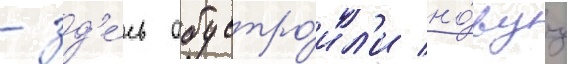
- зд'е́сь обустро́ил'и но́вуу